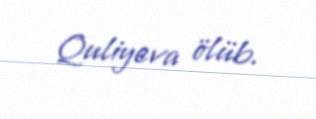
Quliyeva ölüb.